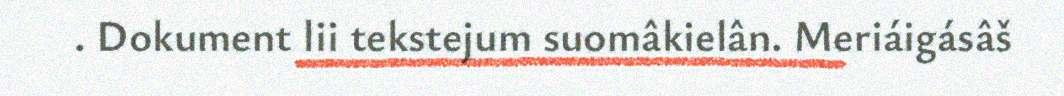
. Dokument lii tekstejum suomâkielân. Meriáigásâš